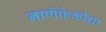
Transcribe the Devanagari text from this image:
नाणेफेकीचा